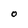
Character: O